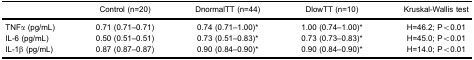
<table><thead><tr><td></td><td><b>Control (n=20)</b></td><td><b>DnormalTT (n=44)</b></td><td><b>DlowTT (n=10)</b></td><td><b>Kruskal-Wallis test</b></td></tr></thead><tbody><tr><td>TNFα (pg/mL)</td><td>0.71 (0.71–0.71)</td><td>0.74 (0.71–1.00)*</td><td>1.00 (0.74–1.00)*</td><td>H=46.2; P&lt;0.01</td></tr><tr><td>IL-6 (pg/mL)</td><td>0.50 (0.51–0.51)</td><td>0.73 (0.51–0.83)*</td><td>0.73 (0.73–0.83)*</td><td>H=45.0; P&lt;0.01</td></tr><tr><td>IL-1β (pg/mL)</td><td>0.87 (0.87–0.87)</td><td>0.90 (0.84–0.90)*</td><td>0.90 (0.84–0.90)*</td><td>H=14.0; P&lt;0.01</td></tr></tbody></table>